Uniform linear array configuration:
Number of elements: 24
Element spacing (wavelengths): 0.5
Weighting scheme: hamming
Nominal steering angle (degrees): -30
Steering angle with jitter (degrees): -30.6
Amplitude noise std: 0.05
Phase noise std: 0.05

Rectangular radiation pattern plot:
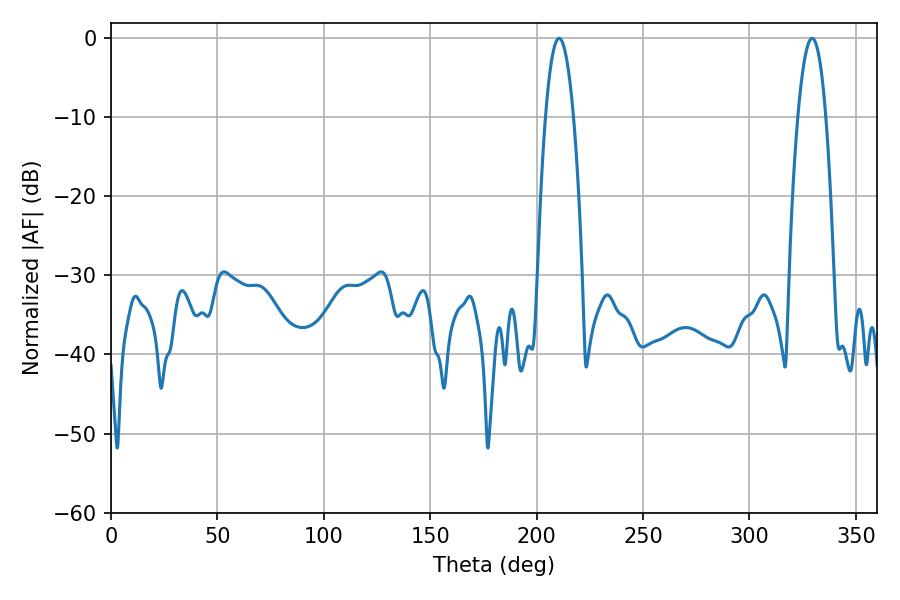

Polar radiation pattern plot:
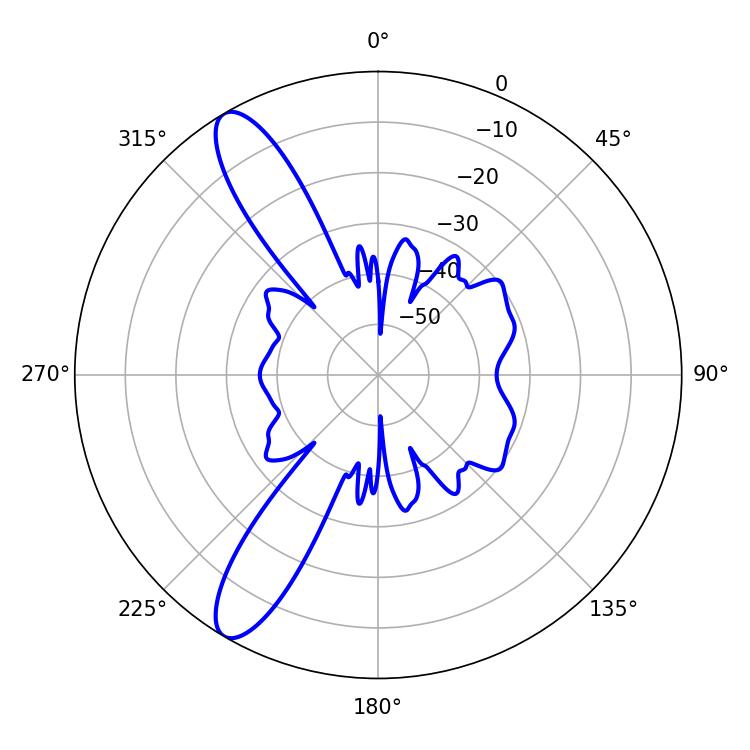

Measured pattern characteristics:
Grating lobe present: FALSE
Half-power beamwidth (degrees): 7.2
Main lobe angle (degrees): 210.6